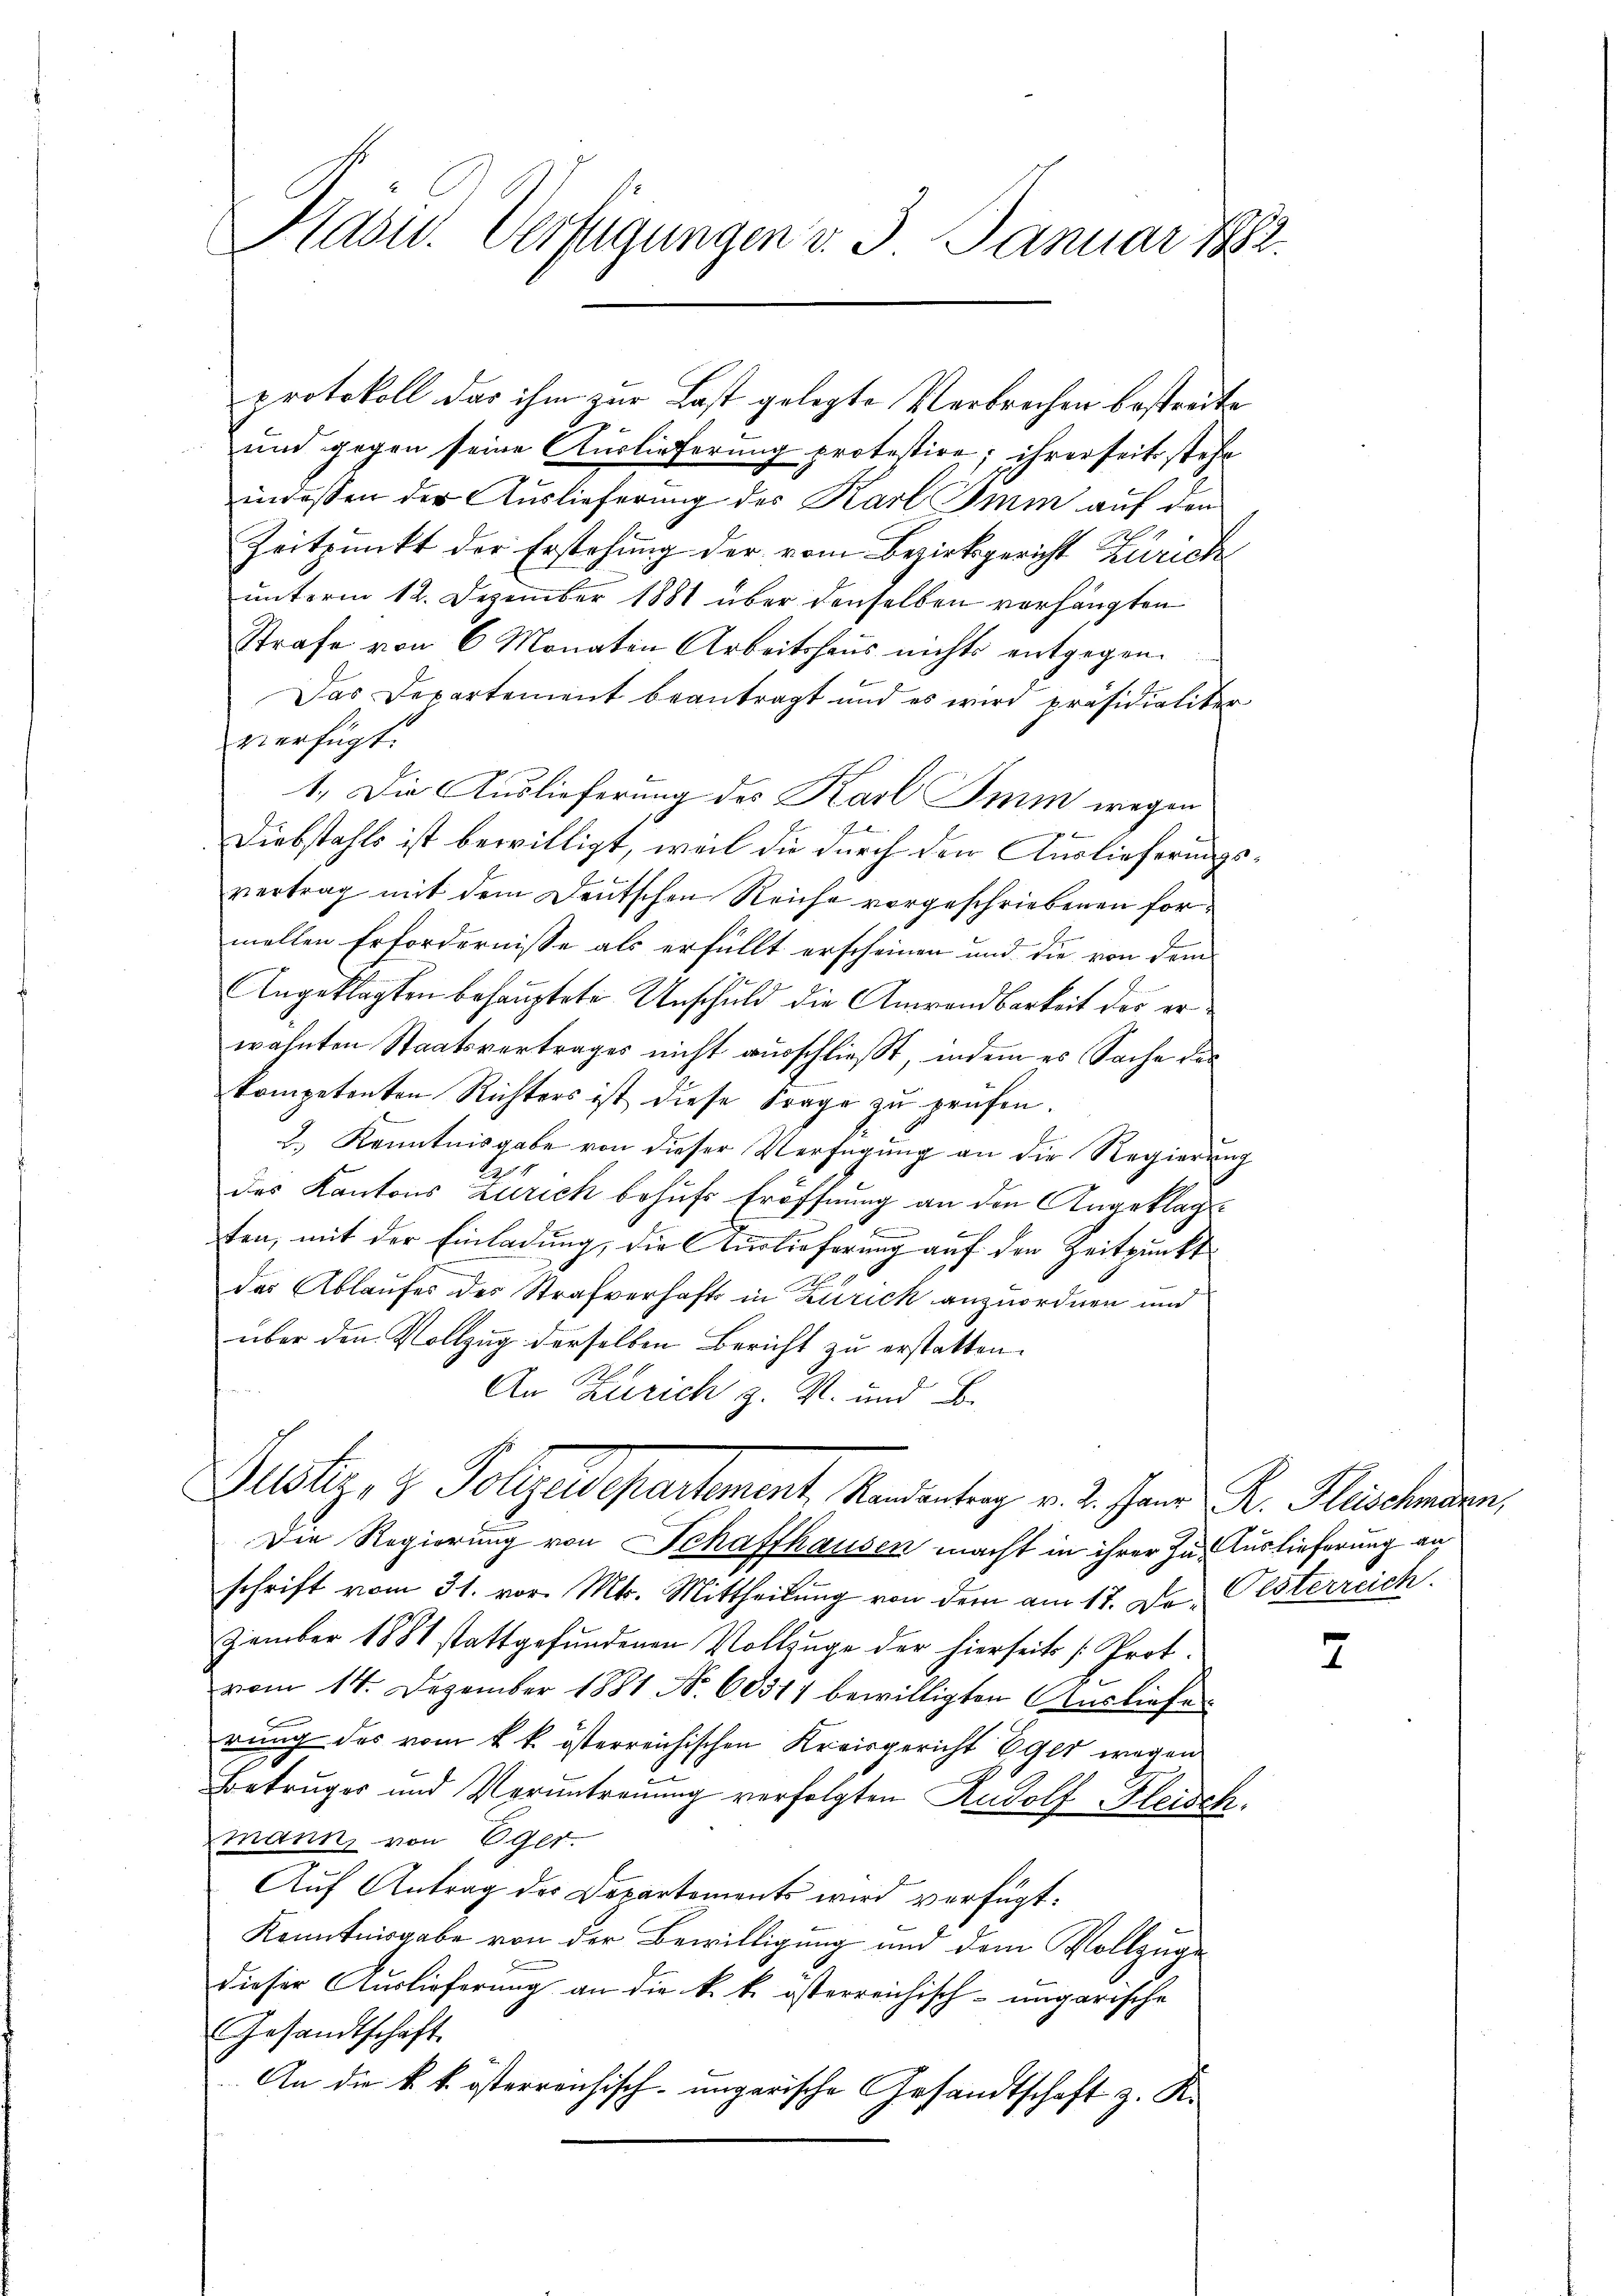
Präser. Verfügungen v. 3. Januar 18

protokoll das ihm zur Last gelegte Verbrechen bestreite
und gegen seine Auslieferung protestire; ihrerseits stehe
indessen der Auslieferung des Karl Imin auf den
Zeitpunkt der Erstehung der vom Bezirksgericht Zürich
unterm 12. Dezember 1881 über denselben vorhängten
Strafe von 6 Monaten Arbeitshaus nichts entgegen.
Das Departement beantragt und es wird präsidialiter
verfügt:
1.) Die Auslieferung des Karl Smm wegen
.
Diebstahls ist bewilligt, weil die durch den Auslieferungsvertrag mit dem Deutschen Reiche vorgeschriebenen formellen Erfordernisse als erfüllt erscheinen und die von dem
7.
Angeklagten behauptete Unschuld die Anwendbarkeit des erwähnten Staatsvertrages nicht ausschließt, indem es Sache des
kompetenten Richters ist diese Frage zu prüfen.
2.) Kenntnisgabe von dieser Verfügung an die Regierung
Be
des Kantons Zürich behufs Eröffnung an den Angeklage
ten, mit der Einladung, die Auslieferung auf den Zeitpunkt
der Ablaufes des Strafverhaft in Zürich anzuordnen und
über den Vollzug derselben Bericht zu erstatten.
An Zürich z. R. und B
Justiz- & Pollaudepartement, Kandentrag v. 2. Jann Sr. Heischenden,
Die Regierung von Schaffhausen macht in ihrer Zur Auslieferung an
schrift vom 31. vor. Mts. Mittheilung von dem am 17. De Oesterreich
zember 1881 stattgefundenen Vollzuge der hierseits Prot.
vom 14. Dezember 1881 Nr. 60311 bewilligten Ausliefe
rung des vom k. k. österreichischen Kreisgericht Egli wegen
Betruges und Veruntreuung verfolgten Rudolf Fleisch.
mann, von Eger
Auf Antrag des Departements wird verfügt:
Kenntnisgabe von der Bewilligung und dem Vollzüge
dieser Auslieferung an die k. k. österreichisch-ungarische
Gesandtschaft.
An die k. k. österreichisch-ungarische Gesandtschaft z. K.

2